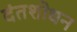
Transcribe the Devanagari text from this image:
दंतशोधन